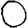
Digit: 0